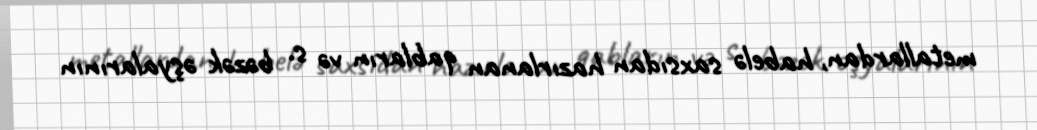
metallardan, habelə saxsıdan hazırlanan qabların və s. bəzək əşyalarının